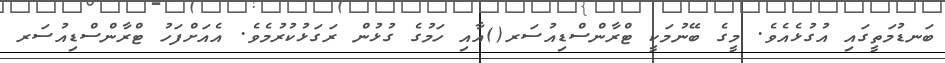
ބަނޑުމަތީގައި އުގުޅެއެވެ. މީގެ ބޭނުމަކީ ޓްރާންސްޑިއުސަރ()އާއި ހަމުގެ ގުޅުން ރަގަޅުކުރުމެވެ. އެއަށްފަހު ޓްރާންސްޑިއުސަރ